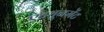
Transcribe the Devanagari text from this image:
एट्यूनमेंट